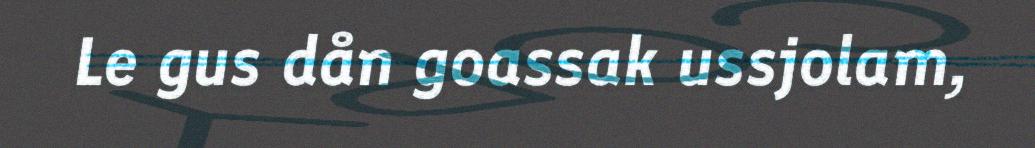
Le gus dån goassak ussjolam,